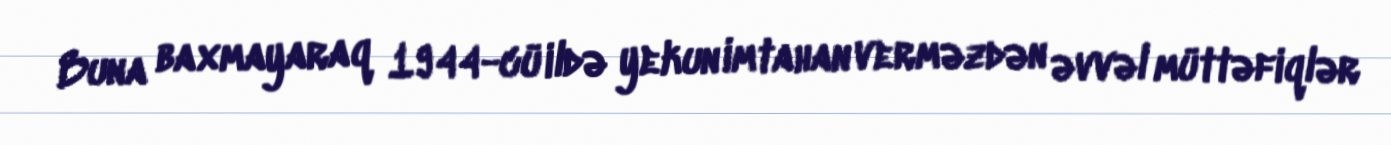
Buna baxmayaraq 1944-cü ildə yekun imtahan verməzdən əvvəl müttəfiqlər